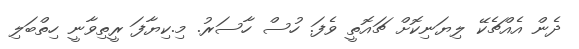
ދެން އެއްޗެކޭ ލިޔަނިކޮށް ޗައޮތީ ވެފަ. ހުސް ހާސަރު. މި.ކިޔާފަ ރީތިވާނީ ހިތްބަލި